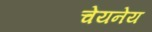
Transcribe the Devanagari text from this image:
चेयनेय